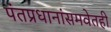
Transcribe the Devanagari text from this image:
पंतप्रधानांसमवेतही